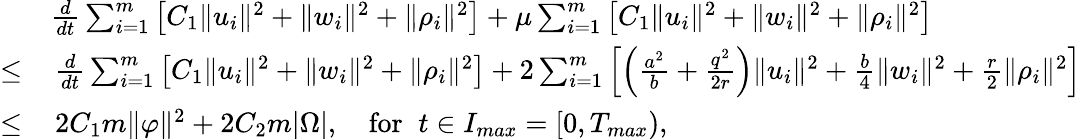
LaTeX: \begin{array}{rl}&{\frac{d}{dt}\sum_{i=1}^{m}\left[C_{1}\| u_{i}\| ^{2}+\| w_{i}\| ^{2}+\| \rho_{i}\| ^{2}\right]+\mu\sum_{i=1}^{m}\left[C_{1}\| u_{i}\| ^{2}+\| w_{i}\| ^{2}+\| \rho_{i}\| ^{2}\right]}\\ {\leq}&{\, \frac{d}{dt}\sum_{i=1}^{m}\left[C_{1}\| u_{i}\| ^{2}+\| w_{i}\| ^{2}+\| \rho_{i}\| ^{2}\right]+2\sum_{i=1}^{m}\left[\left(\frac{a^{2}}{b}+\frac{q^{2}}{2r}\right)\| u_{i}\| ^{2}+\frac{b}{4}\| w_{i}\| ^{2}+\frac{r}{2}\| \rho_{i}\| ^{2}\right]}\\ {\leq}&{\, 2C_{1}m\| \varphi\| ^{2}+2C_{2}m|\Omega|,\quad\mathrm{for}\; \; t\in I_{max}=[0,T_{max}),}\end{array}